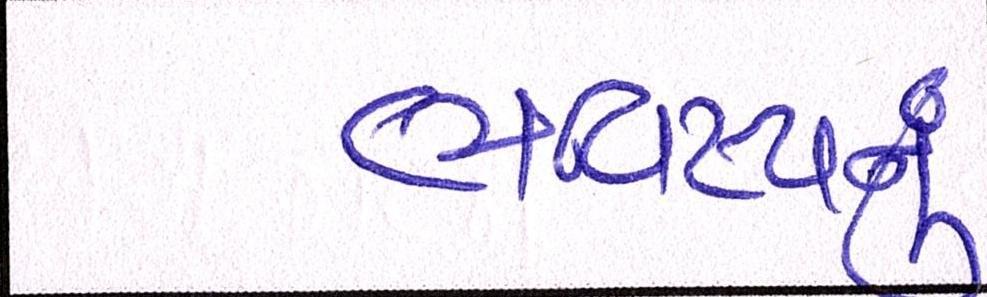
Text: ભવિષ્યનું